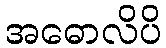
အဓောလိပိ